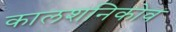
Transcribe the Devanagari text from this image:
कालशनिकोव